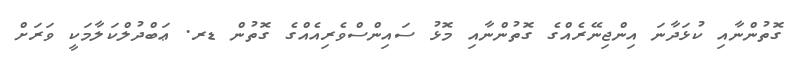
ގޮތުންނާއި ކުޅަދާނަ އިންޖިނޭރެއްގެ ގޮތުންނާއި މޮޅު ސައިންސްވެރިއެއްގެ ގޮތުން ޑރ. ޢަބްދުލްކަލާމަކީ ވަރަށް